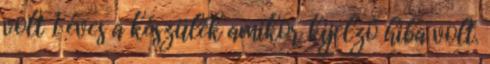
volt 1 éves a készülék amikor kijelző hiba volt.